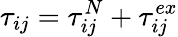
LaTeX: \tau_{ij}=\tau_{ij}^{N}+\tau_{ij}^{ex}